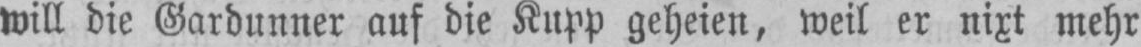
will die Gardunner auf die Kupp geheien, weil er nixt mehr